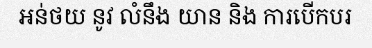
អន់ថយ នូវ លំនឹង យាន និង ការបើកបរ